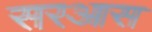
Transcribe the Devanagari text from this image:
सरआस